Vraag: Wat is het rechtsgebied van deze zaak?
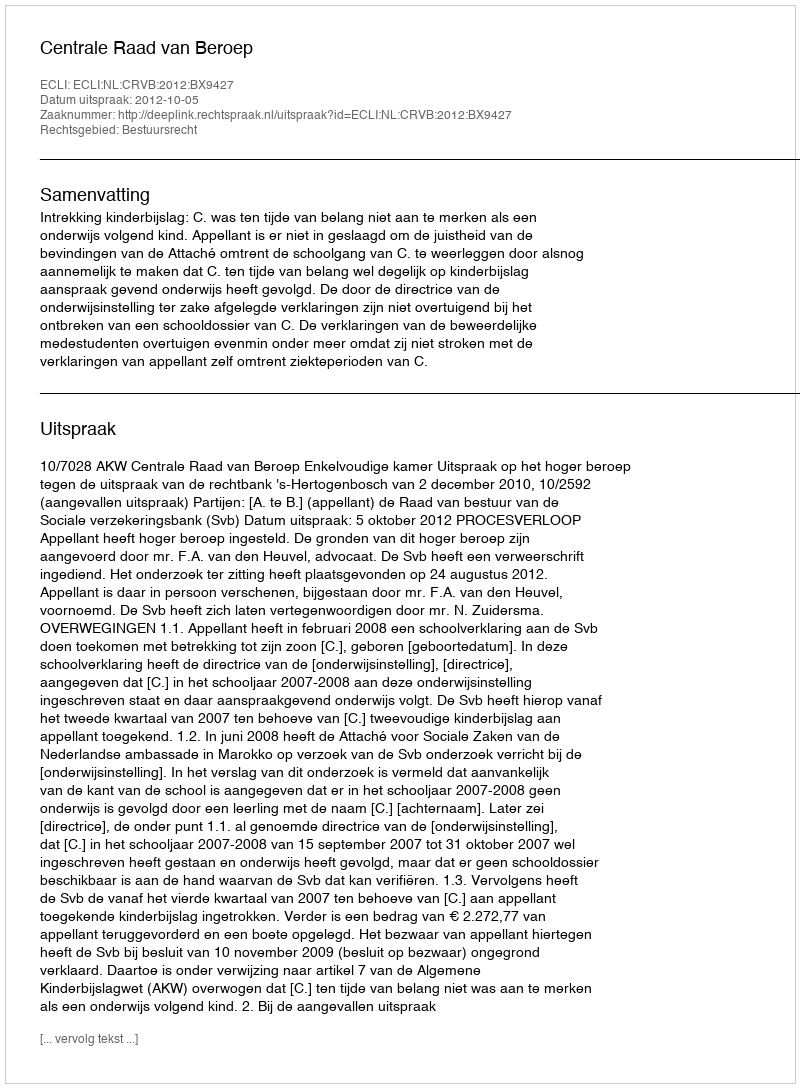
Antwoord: Bestuursrecht